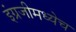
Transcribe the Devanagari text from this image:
इंग्रजीमध्येच